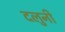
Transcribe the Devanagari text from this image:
दलुनी